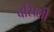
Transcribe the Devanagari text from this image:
वसिली